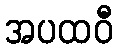
အပထဝီ